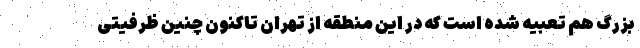
بزرگ هم تعبیه شده است که در این منطقه از تهران تاکنون چنین ظرفیتی